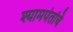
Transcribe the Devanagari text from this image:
श्यामपंतांचे